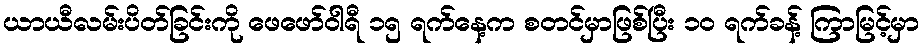
ယာယီလမ်းပိတ်ခြင်းကို ဖေဖော်ဝါရီ ၁၅ ရက်နေ့က စတင်မှာဖြစ်ပြီး ၁၀ ရက်ခန့် ကြာမြင့်မှာ